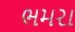
ભમરા